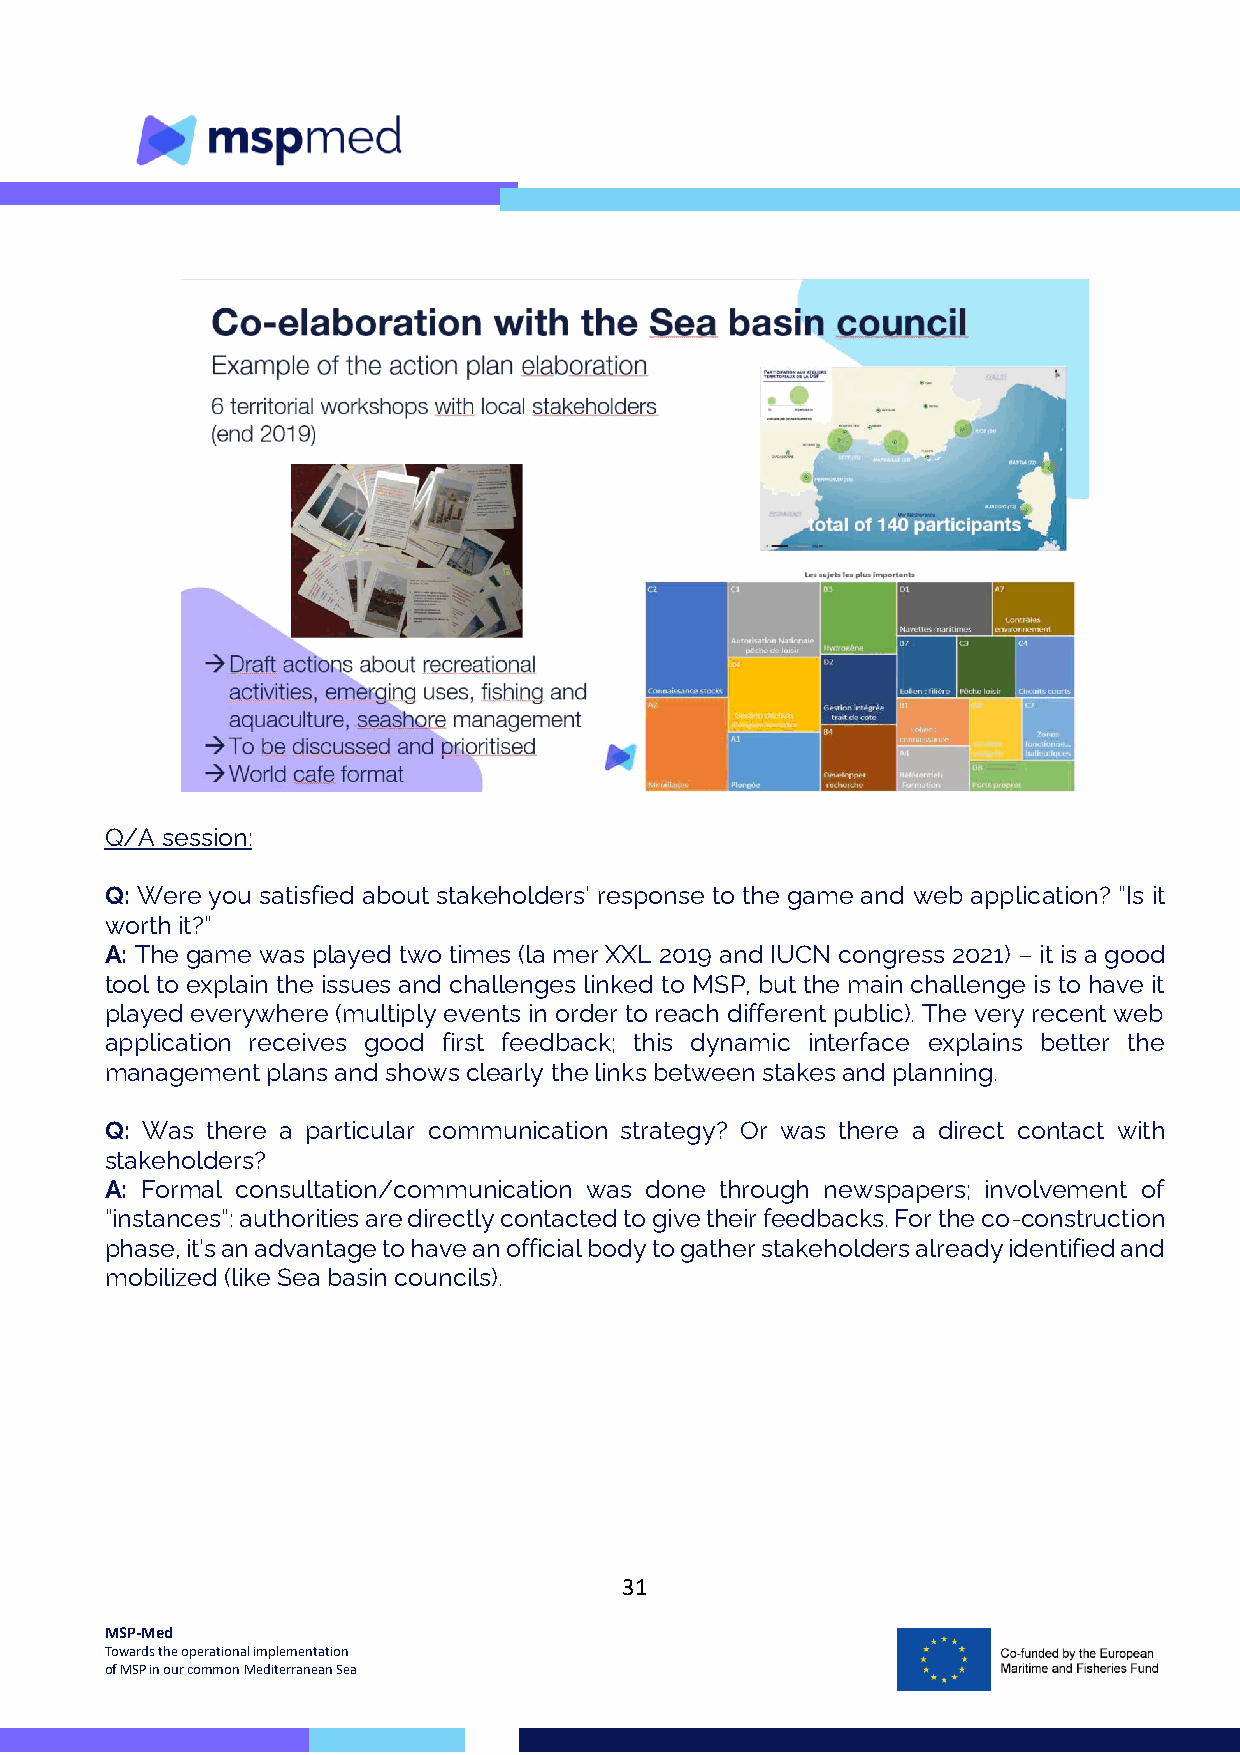
Q/A session:
 Q: Were you satisfied about stakeholders’ response to the game and web application? “Is it
 worth it?”
 A: The game was played two times (la mer XXL 2019 and IUCN congress 2021) – it is a good
 tool to explain the issues and challenges linked to MSP, but the main challenge is to have it
 played everywhere (multiply events in order to reach different public). The very recent web
 application receives good first feedback; this dynamic interface explains better the
 management plans and shows clearly the links between stakes and planning.
 Q: Was there a particular communication strategy? Or was there a direct contact with
 stakeholders?
 A: Formal consultation/communication was done through newspapers; involvement of
 “instances”: authorities are directly contacted to give their feedbacks. For the co-construction
 phase, it’s an advantage to have an official body to gather stakeholders already identified and
 mobilized (like Sea basin councils).
 31
 MSP-Med
 Towards the operational implementation
 of MSP in our common Mediterranean Sea